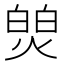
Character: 𬊻